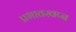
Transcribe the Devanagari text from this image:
प्रभातस्वप्न